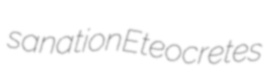
sanation Eteocretes